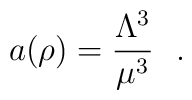
a(\rho) = \frac{\Lambda^3}{\mu^3}~~.